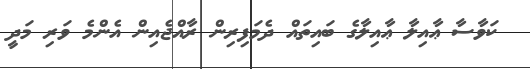
ކަވާސާ ޢާއިލާ ޢާއިލާގެ ބައިތައް ދެމަފިރިން ރާއްޖެއިން އެންމެ ވަރި މަދީ